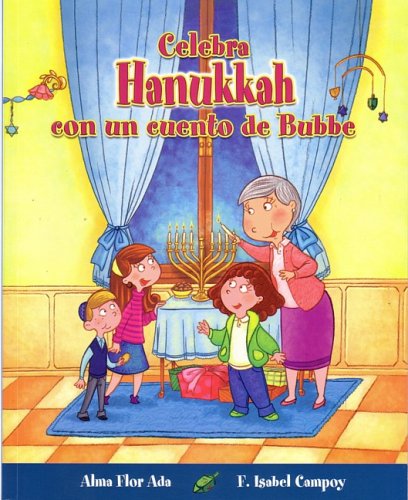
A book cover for Celebra Hanukkah con un cuento de Bubbe / Celebrate Hanukkah with with Bubbe's Tales (Cuentos Para Celebrar) (Spanish Edition); Alma Flor Ada and F. Isabel Campoy; Children's Books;